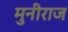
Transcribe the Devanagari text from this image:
मुनीराज